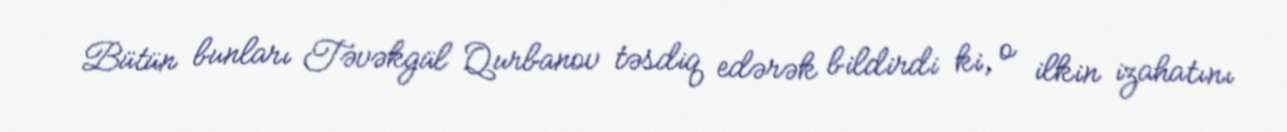
Bütün bunları Təvəkgül Qurbanov təsdiq edərək bildirdi ki, o ilkin izahatını